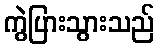
ကွဲပြားသွားသည်